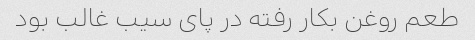
طعم روغن بکار رفته در پای سیب غالب بود